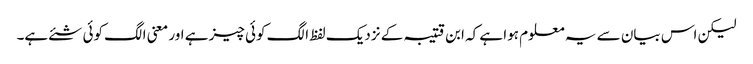
لیکن اس بیان سے یہ معلوم ہوا ہے کہ ابن قتیبہ کے نزدیک لفظ الگ کوئی چیز ہے اور معنی الگ کوئی شئے ہے۔